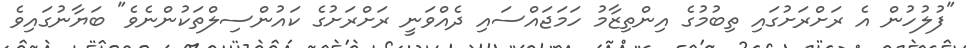
"ފުލުހުން އެ ރަށްރަށުގައި ތިބުމުގެ އިންތިޒާމު ހަމަޖައްސައި ދެއްވަނީ ރަށްރަށުގެ ކައުންސިލްތަކުންނެވެ" ބަޔާނުގައިވެ